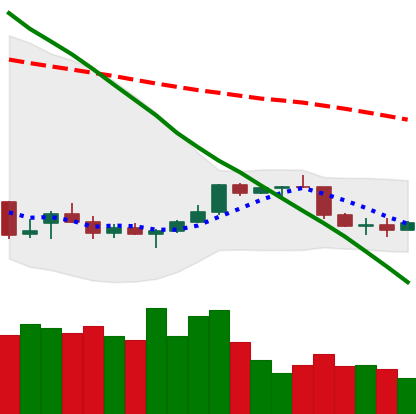
Ticker: NEO-USD
Chart end date: 2022-01-01
Forward return: -5.988%
Label: down_5_7